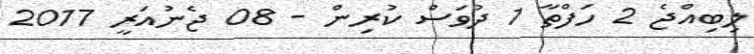
ލިބިއްޖެ 2 ހަފްތާ 1 ދުވަސް ކުރިން - 08 ޖެނުއަރީ 2017